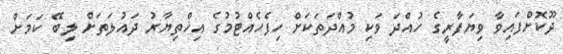
ދޫކޮށްފައިވާ ވިޔަފާރީގެ ހުއްދަ ވަކި މުއްދަތަކަށް ހިފެހެއްޓުމުގެ އިޚްތިޔާރު ދައުލަތަށް ލިބޭ ކަމަށް